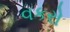
વકરો